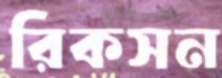
রিকসন